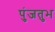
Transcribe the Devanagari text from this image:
पुंजतुभ